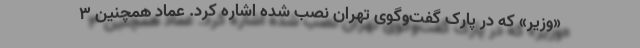
«وزیر» که در پارک گفت‌وگوی تهران نصب شده اشاره کرد. عماد همچنین ۳